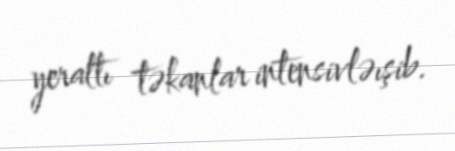
yeraltı təkanlar intensivləışib.